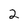
Character: 2